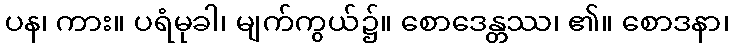
ပန၊ ကား။ ပရံမုခါ၊ မျက်ကွယ်၌။ စောဒေန္တဿ၊ ၏။ စောဒနာ၊